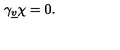
\gamma _ { \underline { { v } } } \chi = 0 .